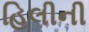
હિલીની